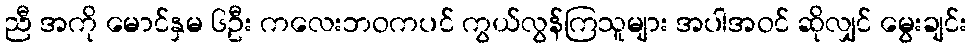
ညီ အကို မောင်နှမ ၆ဦး ကလေးဘဝကပင် ကွယ်လွန်ကြသူများ အပါအဝင် ဆိုလျှင် မွေးချင်း